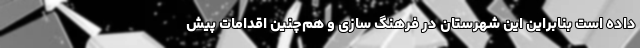
داده است بنابراین این شهرستان در فرهنگ سازی و هم‌چنین اقدامات پیش